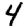
Digit: 4